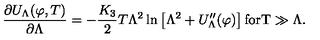
\frac { \partial U _ { \Lambda } ( \varphi , T ) } { \partial \Lambda } = - \frac { K _ { 3 } } { 2 } T \Lambda ^ { 2 } \ln \left[ \Lambda ^ { 2 } + U _ { \Lambda } ^ { \prime \prime } ( \varphi ) \right] \mathrm { f o r T \gg \Lambda } .